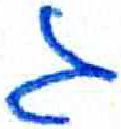
אות: ג